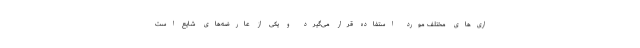
اری‌های مختلف مورد استفاده قرار می‌گیرد و یکی از عارضه‌های شایع است